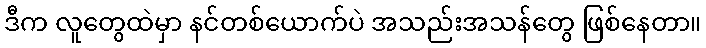
ဒီက လူတွေထဲမှာ နင်တစ်ယောက်ပဲ အသည်းအသန်တွေ ဖြစ်နေတာ။